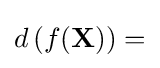
d\left(f(\mathbf {X} )\right)=